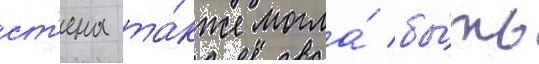
ст'ена та́кже могла́ бы́ть